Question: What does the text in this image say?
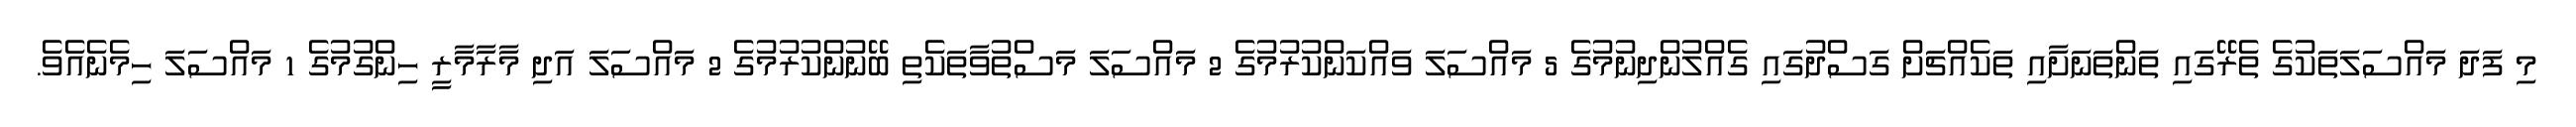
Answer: މި ފަދަ މައްސަލަތަކުގެ ތެރޭގައި ތަންތަނަށާއި ތަކެއްޗަށް ގަސްދުގައި ގެއްލުންދިނުމުގެ 5 މައްސަލަ ވައްކަންކުރުމުގެ 2 މައްސަލަ މަސްތުވާތަކެތި ބޭނުންކުރުމުގެ 2 މައްސަލަ އަދި މާރާމާރީ ހިންގުމުގެ 1 މައްސަލަ ހިމެނެއެވެ.